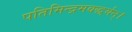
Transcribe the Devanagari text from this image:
पतिमिन्द्रमवद्धर्यन्।